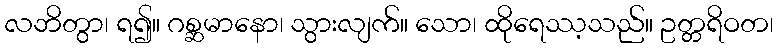
လဘိတွာ၊ ရ၍။ ဂစ္ဆမာနော၊ သွားလျက်။ သော၊ ထိုရေဿ့သည်။ ဥတ္တရိဝတ၊